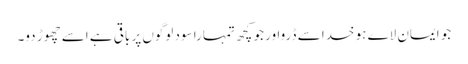
جو ایمان لاے ہو خدا سے ڈرواور جو کچھ تمہارا سود لوگوں پر باقی ہے اسے چھوڑ دو۔